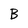
Character: B